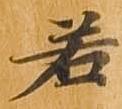
若